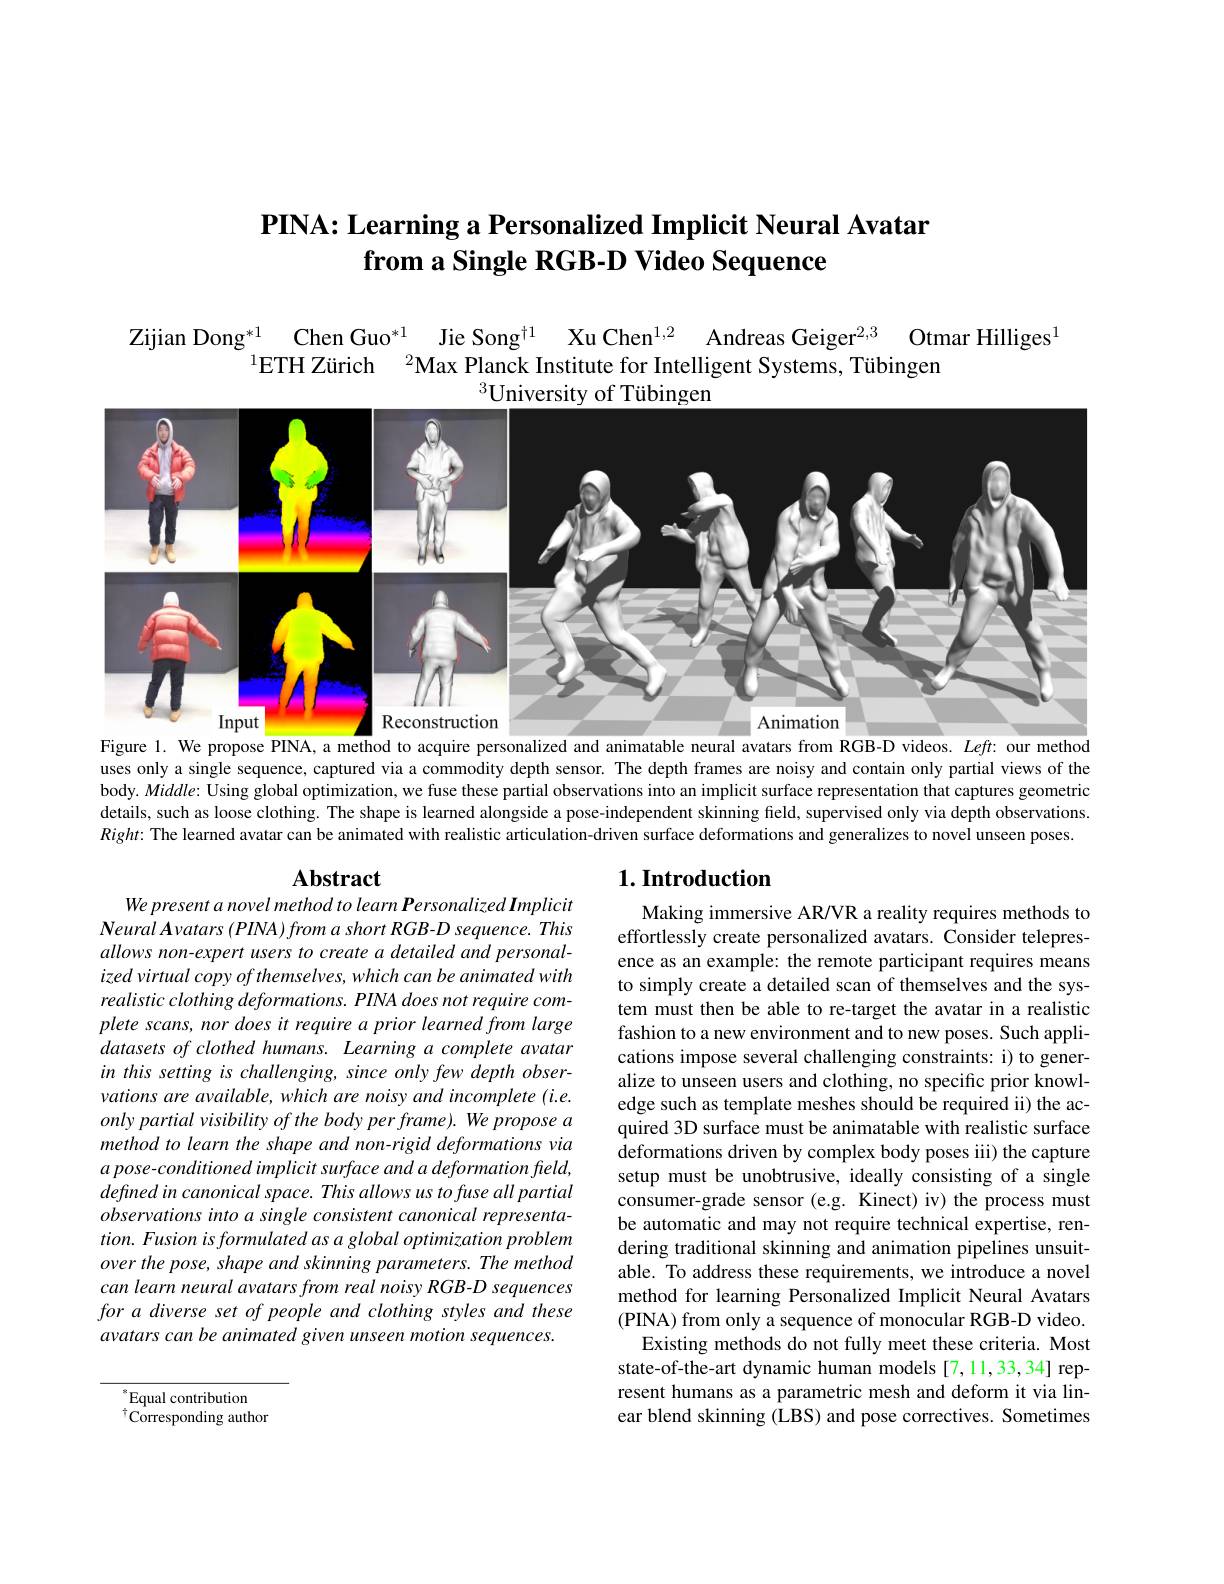
# PINA: Learning a Personalized Implicit Neural Avatar from a Single RGB-D Video Sequence

Jie Song$^{\dagger1}$
Xu Chen$^{1,2}$
Andreas Geiger$^{2, 3}$ Otmar Hilliges
Zijian Dong$^{* 1}$ Chen Guo$^{*1}$
$^{1}$ETH Zürich$\:^2$Max Planck Institute for Intelligent Systems, Tübingen
$^{3}$University of Tübingen

<FigureHere>
Figure 1. We propose PINA, a method to acquire personalized and animatable neural avatars from RGB-D videos. $Left:$ our method

uses only a single sequence, captured via a commodity depth sensor. The depth frames are noisy and contain only partial views of the body. $Middle:$ Using global optimization, we fuse these partial observations into an implicit surface representation that captures geometric details, such as loose clothing. The shape is learned alongside a pose-independent skinning field, supervised only via depth observations. $Right:$ The learned avatar can be animated with realistic articulation-driven surface deformations and generalizes to novel unseen poses.

## $\mathbf{Abstract}$

## $1. \textbf{Introduction}$

We present a novel method to learn Personalized Implicit $NeuralAvatars(PINA)fromashortRGB-Dsequence.This$ allows non-expert users to create a detailed and personalized virtual copy of themselves, which can be animated with realistic clothing deformations. PINA does not require complete scans, nor does it require a prior learned from large $datasetsofclothedhumans.Learningacompleteavatar$ in this setting is challenging, since only few depth observations are available, which are noisy and incomplete (i.e. onlypartial visibility of the body per frame). We propose a method to learn the shape and non-rigid deformations via a pose-conditioned implicit surface and a deformation field, defined in canonical space. This allows us to fuse all partial observationsintoasingleconsistentcanonical representa- $tion.Fusionisformulatedasaglobaloptimizationproblem$ over the pose, shape and skinning parameters. The method can learn neural avatars from real noisy RGB-D sequences for a diverse set of people and clothing styles and these avatars can be animated given unseen motion sequences.

Making immersive AR/VR a reality requires methods to effortlessly create personalized avatars. Consider telepresence as an example: the remote participant requires means to simply create a detailed scan of themselves and the system must then be able to re-target the avatar in a realistic fashion to a new environment and to new poses. Such applications impose several challenging constraints: i) to generalize to unseen users and clothing, no specific prior knowledge such as template meshes should be required ii) the acquired 3D surface must be animatable with realistic surface deformations driven by complex body poses iii) the capture setup must be unobtrusive, ideally consisting of a single consumer-grade sensor (e.g. Kinect) iv) the process must be automatic and may not require technical expertise, rendering traditional skinning and animation pipelines unsuitable. To address these requirements, we introduce a novel method for learning Personalized Implicit Neural Avatars ( PINA) from only a sequence of monocular RGB- D video.
Existing methods do not fully meet these criteria. Most state-of-the-art dynamic human models [7,11,33,34] represent humans as a parametric mesh and deform it via linear blend skinning (LBS) and pose correctives. Sometimes

$^*$Equal contribution $^{\dagger}\tilde{\text{Corresponding author}}$